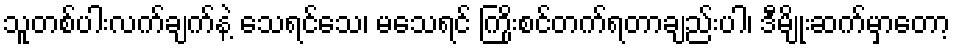
သူတစ်ပါးလက်ချက်နဲ့ သေရင်သေ၊ မသေရင် ကြိုးစင်တက်ရတာချည်းပါ၊ ဒီမျိုးဆက်မှာတော့